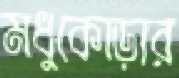
মধুকোড়ার